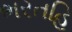
ભરતહિ